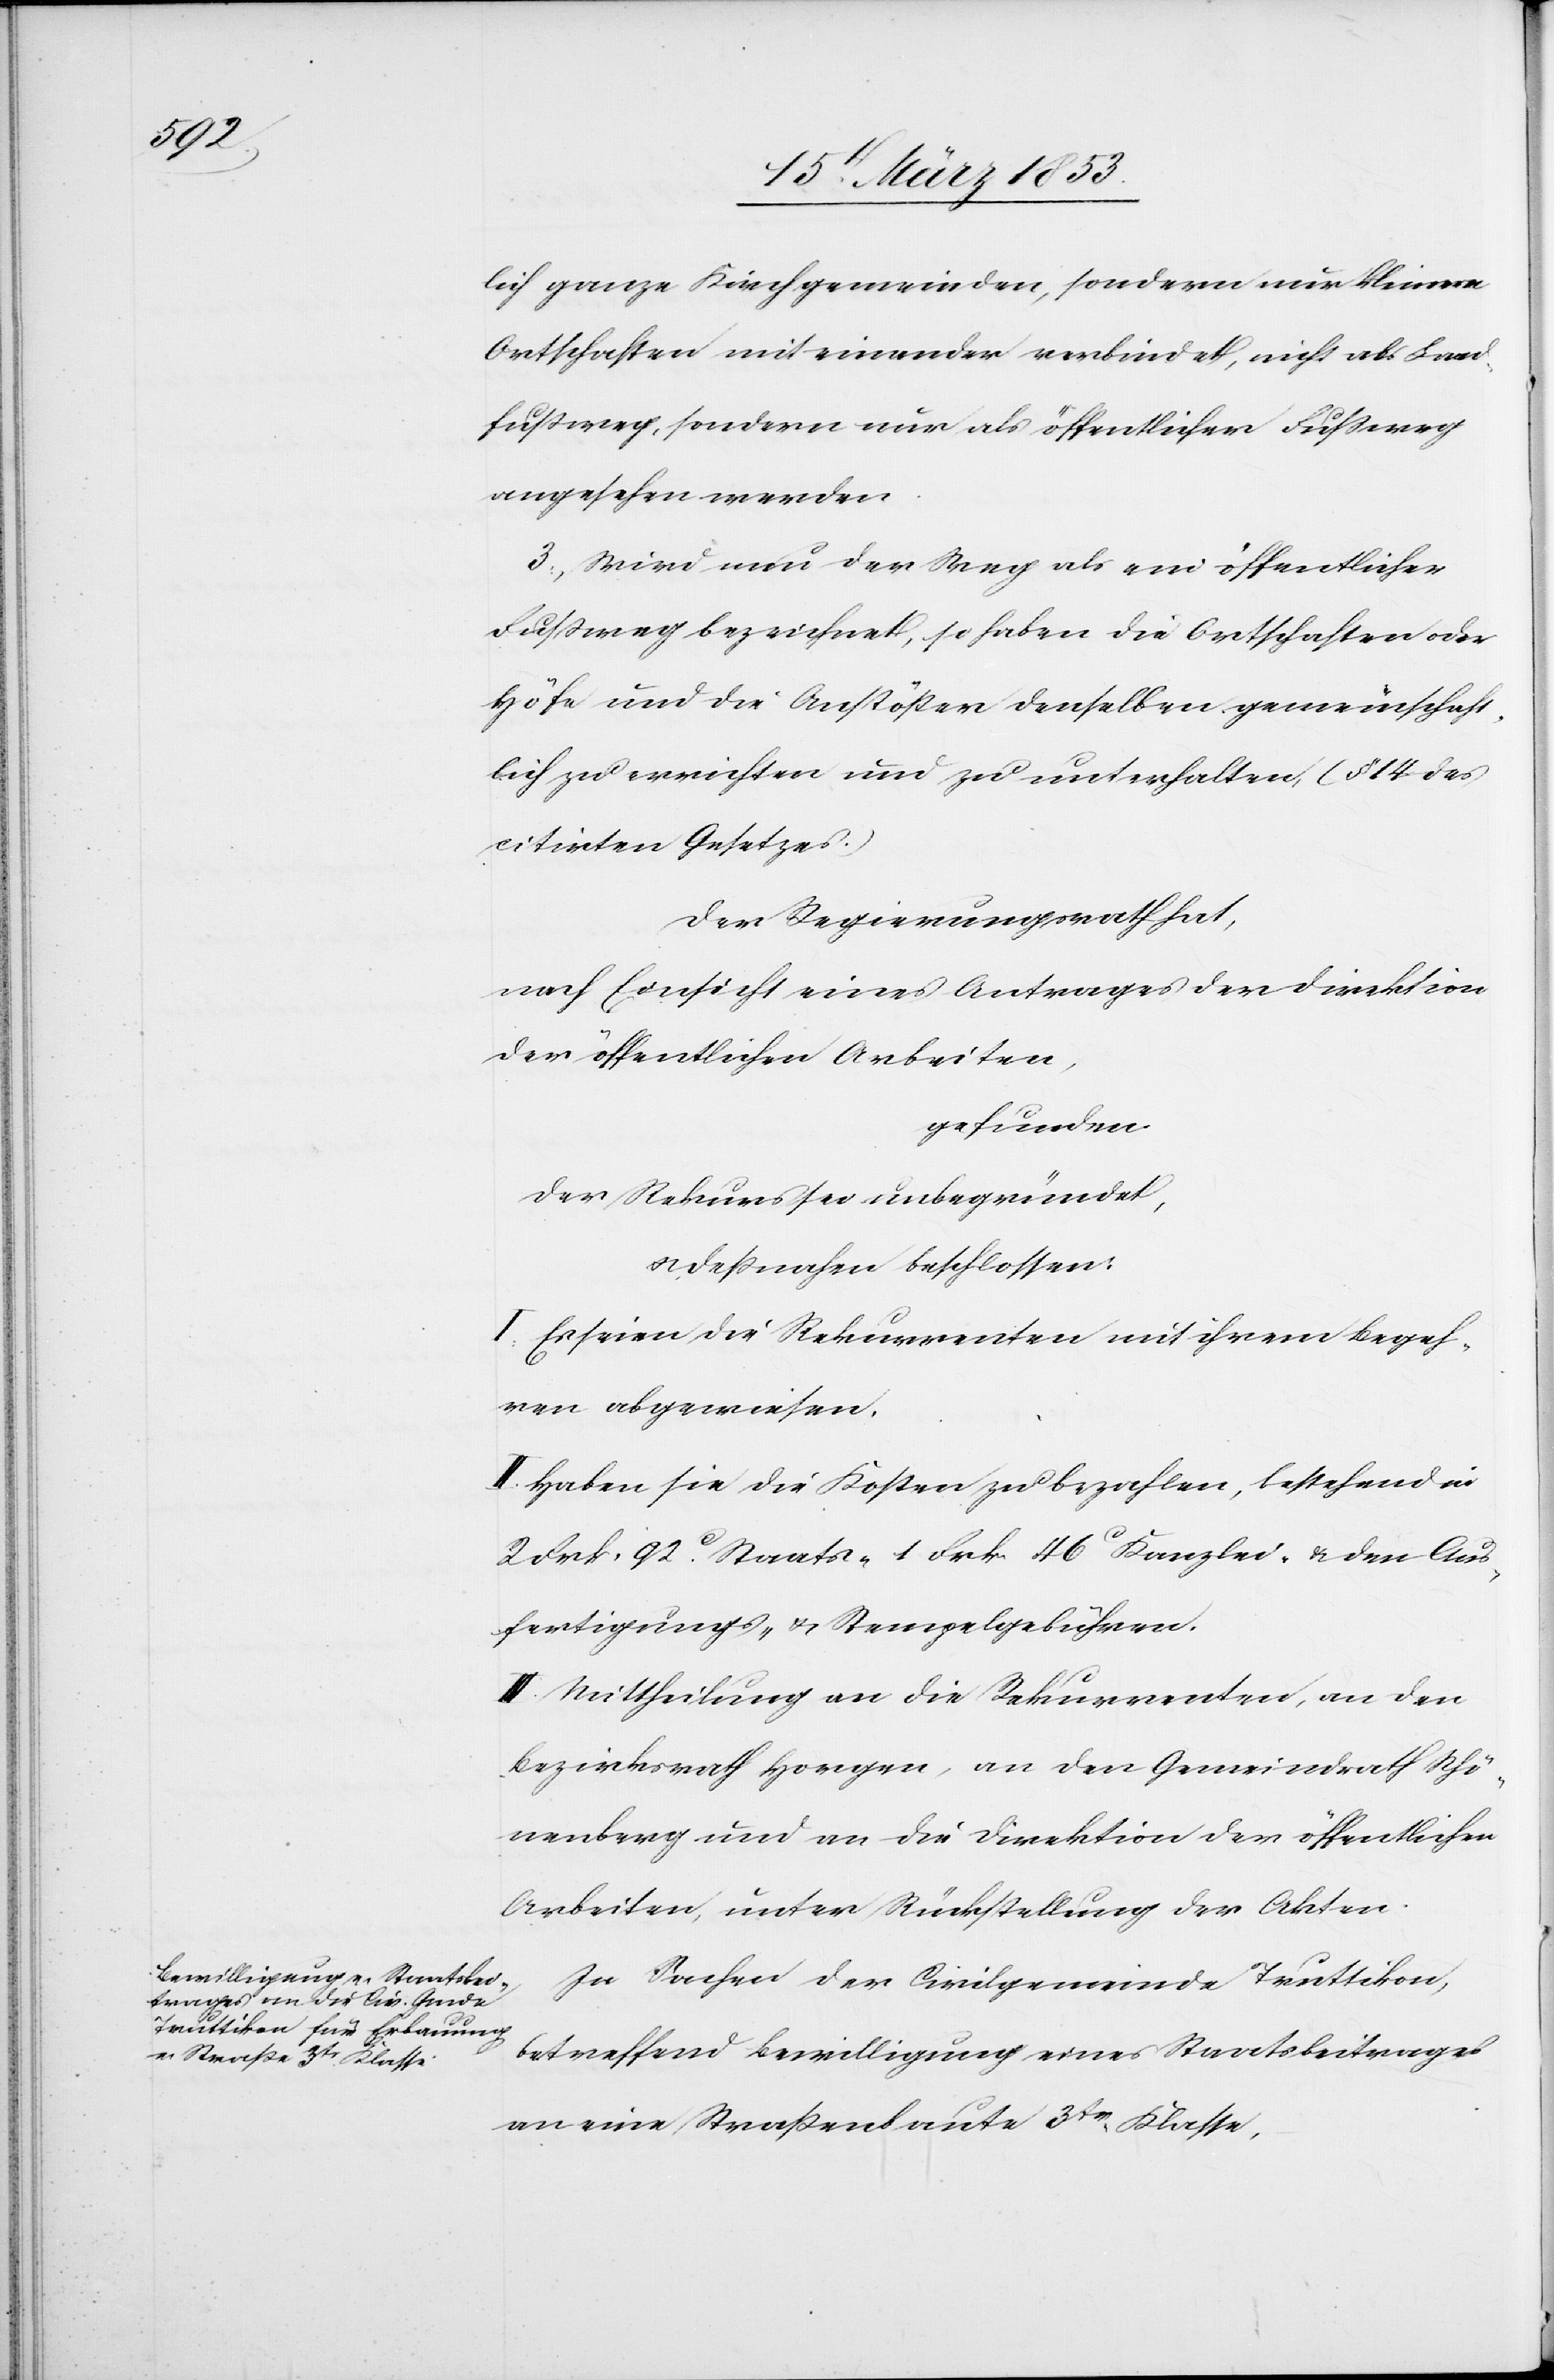
lich ganze Kirchgemeinden, sondern nur kleine
Ortschaften mit einander verbindet, nicht als Land¬
fußweg, sondern nur als öffentlicher Fußweg
angesehen werden.
3, Wird nun der Weg als eine öffentlicher
Fußweg bezeichnet, so haben die Ortschaften oder
Höfe und die Anstößer denselben gemeinschaft¬
lich zu errichten und zu unterhalten (§ 14 des
citirten Gesetzes)
Der Regierungsrath hat,
nach Einsicht eines Antrages der Direktion
der öffentlichen Arbeiten,
gefunden
der Rekurs sei unbegründet,
u. deßnahen beschlossen
I. Es seien die Rekurrenten mit ihrem Begeh¬
ren abgewiesen.
II. Haben sie die Kosten zu bezahlen, bestehend in
2 Frk. 92 c Staats- 1 Frk. 46 c Kanzlei- u. den Aus¬
fertigungs- u. Stempelgebühren.
III. Mittheilung an die Rekurrenten, an den
Bezirksrath Horgen, an den Gemeindrath Schö¬
nenberg und an die Direktion der öffentlichen
Arbeiten, unter Rückstellung der Akten.
In Sachen der Civilgemeinde Truttikon,
betreffend Bewilligung eines Staatsbeitrages
an eine Straßenbaute 3tr. Klasse.